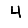
Digit: 4